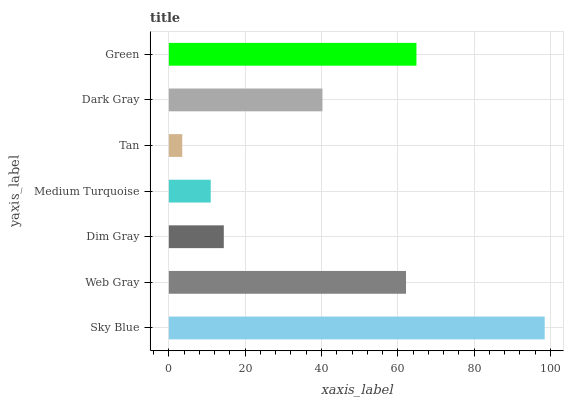
| yaxis_label | bars |
 | --- | --- |
 | Sky Blue | 98.5 |
 | Web Gray | 62.1 |
 | Dim Gray | 14.4 |
 | Medium Turquoise | 11 |
 | Tan | 3.5 |
 | Dark Gray | 40.2 |
 | Green | 64.9 |